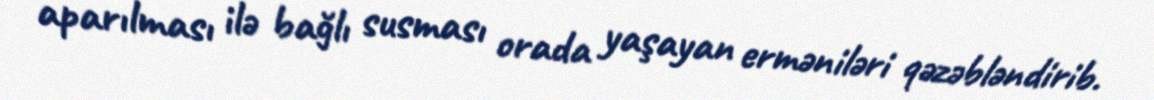
aparılması ilə bağlı susması orada yaşayan erməniləri qəzəbləndirib.